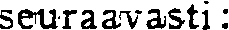
seuraavasti: